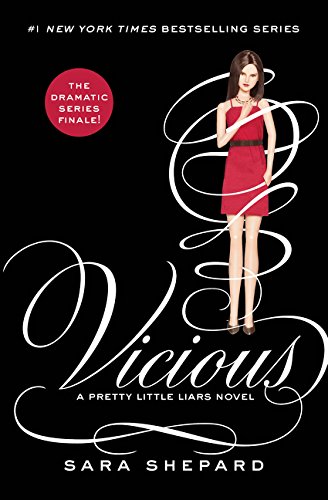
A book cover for Pretty Little Liars #16: Vicious; Sara Shepard; Teen & Young Adult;